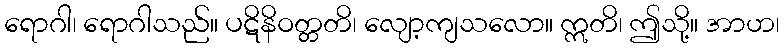
ရောဂါ၊ ရောဂါသည်။ ပဋိနိဝတ္တတိ၊ လျော့ကျသလော။ ဣတိ၊ ဤသို့။ အာဟ၊